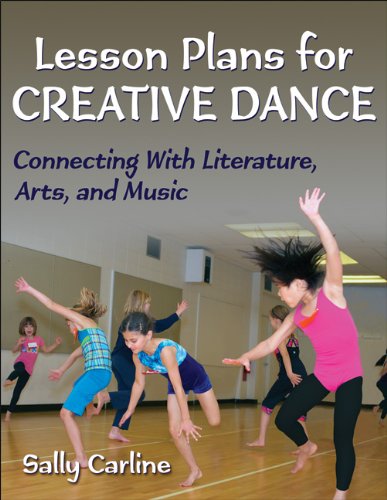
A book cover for Lesson Plans for Creative Dance: Connecting With Literature, Arts, and Music; Sally Carline; Humor & Entertainment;